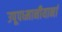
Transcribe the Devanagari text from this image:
उपूपध्मानीयानां